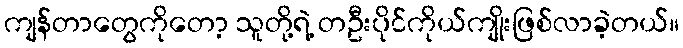
ကျန်တာတွေကိုတော့ သူတို့ရဲ့ တဦးပိုင်ကိုယ်ကျိုးဖြစ်လာခဲ့တယ်။